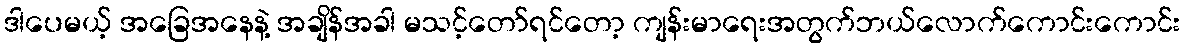
ဒါပေမယ့် အခြေအနေနဲ့ အချိန်အခါ မသင့်တော်ရင်တော့ ကျန်းမာရေးအတွက်ဘယ်လောက်ကောင်းကောင်း